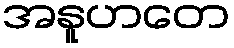
အနူဟတေ